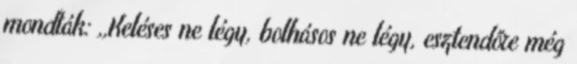
mondták: ,,Keléses ne légy, bolhásos ne légy, esztendőre még